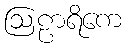
ဩဠာရိကေ